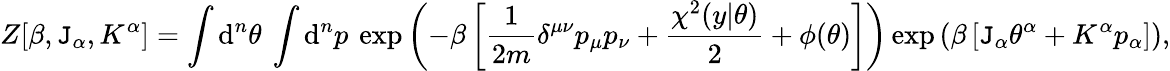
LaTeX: Z[\beta,\mathtt{J}_{\alpha},K^{\alpha}]=\int\mathrm{{d}}^{n}\theta\: \int\mathrm{{d}}^{n}p\: \exp\left(-\beta\left[\frac{{1}}{{2m}}\delta^{\mu\nu}p_{\mu}p_{\nu}+\frac{{\chi^{2}(y|\theta)}}{{2}}+\phi(\theta)\right]\right)\exp\left(\beta\left[\mathtt{J}_{\alpha}\theta^{\alpha}+K^{\alpha}p_{\alpha}\right]\right),